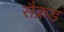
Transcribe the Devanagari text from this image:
सैक्रड